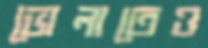
ভোলাতেও